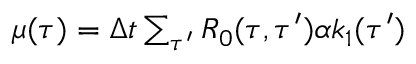
\begin{array} { r } { \mu ( \tau ) = \Delta t \sum _ { \tau ^ { \prime } } R _ { 0 } ( \tau , \tau ^ { \prime } ) \alpha k _ { 1 } ( \tau ^ { \prime } ) } \end{array}